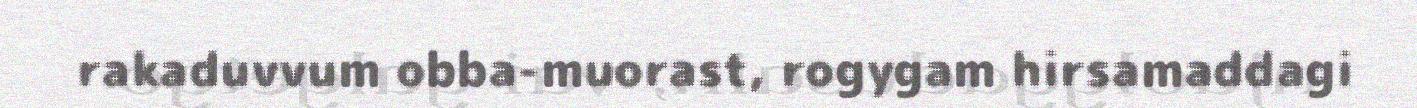
rakaduvvum obba-muorast, rogygam hirsamaddagi